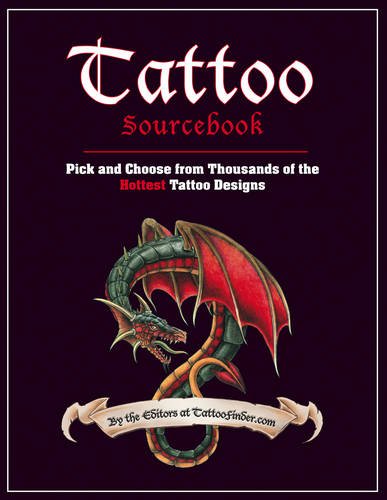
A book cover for Tattoo Sourcebook: Pick and Choose from Thousands of the Hottest Tattoo Designs; Arts & Photography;